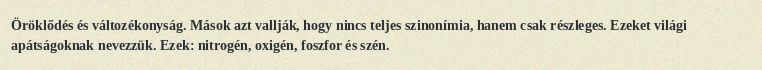
Öröklődés és változékonyság. Mások azt vallják, hogy nincs teljes szinonímia, hanem csak részleges. Ezeket világi apátságoknak nevezzük. Ezek: nitrogén, oxigén, foszfor és szén.